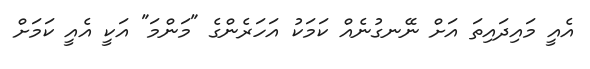
އެއީ މައިދައިތަ އަށް ނޭނގުނެއް ކަމަކު އަހަރެންގެ "މަންމަ" އަކީ އެއީ ކަމަށް